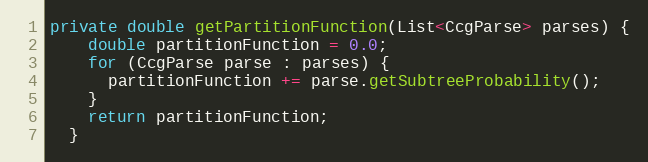
Language: Java
private double getPartitionFunction(List<CcgParse> parses) {
    double partitionFunction = 0.0;
    for (CcgParse parse : parses) {
      partitionFunction += parse.getSubtreeProbability();
    }
    return partitionFunction;
  }